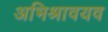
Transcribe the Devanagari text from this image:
अभिश्रावयव